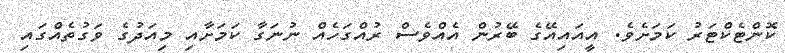
ކޮންޓެކްޓަރު ކަމަށެވެ. އީއައިއޭގެ ބޭރުން އެއްވެސް ރުއްގަހެއް ނުނަގާ ކަމަށާއި މިއަދުގެ ވަގުތެއްގައި